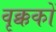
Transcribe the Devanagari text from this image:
वृक्ककों